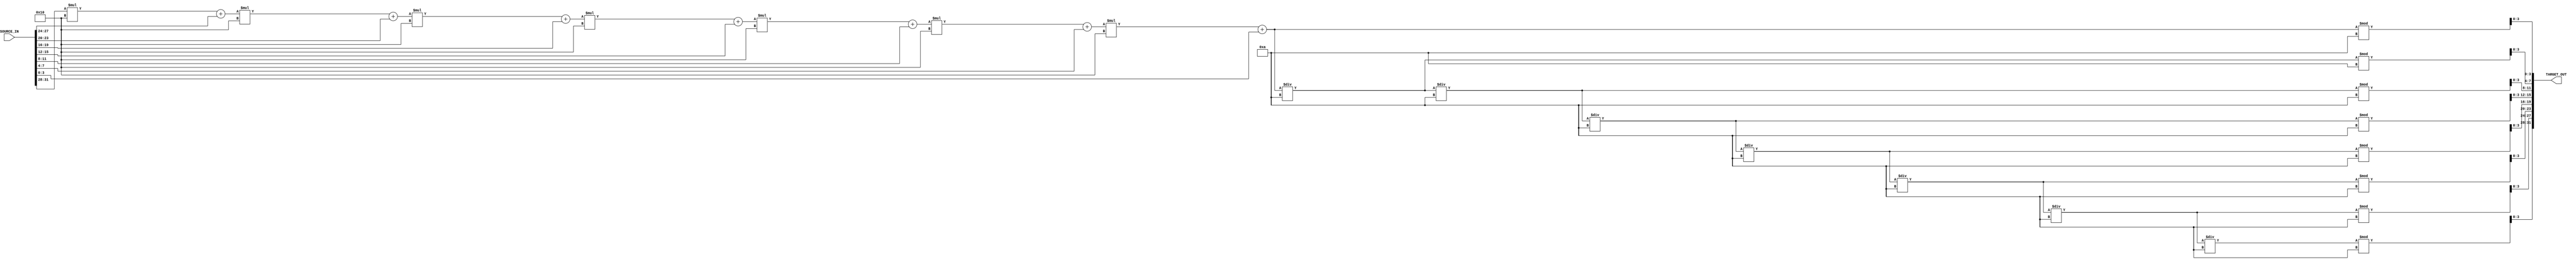
`timescale 1ns / 1ps
//////////////////////////////////////////////////////////////////////////////////
// Company: 
// Engineer: 
// 
// Design Name: 
// Module Name: TRANS16to10
// Project Name: 
// Target Devices: 
// Tool Versions: 
// Description: 
// 
// Dependencies: 
// 
// Revision:
// Revision 0.01 - File Created
// Additional Comments:
// 
//////////////////////////////////////////////////////////////////////////////////


module TRANS16to10(
    input [31:0] SOURCE_IN,
    output reg [31:0] TARGET_OUT
    );
	// reg [4:0]i;
	// reg [2:0]power_16[29:0];
	// initial begin
	// 	i <= 0;
	// 	power_16[0] = 30'h1;
	// 	power_16[1] = 30'h10;
	// 	power_16[2] = 30'h100;
	// 	power_16[3] = 30'h1000;
	// 	power_16[4] = 30'h10000;
	// 	power_16[5] = 30'h100000;
	// 	power_16[6] = 30'h1000000;
	// 	power_16[7] = 30'h10000000;
	// end

	// always @(SOURCE_IN) begin
	// 	for (i = 0; i < 8; i++)begin
	// 		case SOURCE_IN[4*i+3, 4*i]:

	// 	end
	// end
	
	integer sum;
	initial begin
		TARGET_OUT <= 0;
		sum <= 0;
	end

	always @(SOURCE_IN) begin
		sum = SOURCE_IN[31:28];
		sum = sum * 16 + SOURCE_IN[27:24];
		sum = sum * 16 + SOURCE_IN[23:20];
		sum = sum * 16 + SOURCE_IN[19:16];
		sum = sum * 16 + SOURCE_IN[15:12];
		sum = sum * 16 + SOURCE_IN[11:8];
		sum = sum * 16 + SOURCE_IN[7:4];
		sum = sum * 16 + SOURCE_IN[3:0];
		
		TARGET_OUT[3:0] = sum % 10;
		sum = sum / 10;
		TARGET_OUT[7:4] = sum % 10;
        sum = sum / 10;
        TARGET_OUT[11:8] = sum % 10;
        sum = sum / 10;
        TARGET_OUT[15:12] = sum % 10;
        sum = sum / 10;
        TARGET_OUT[19:16] = sum % 10;
        sum = sum / 10;
        TARGET_OUT[23:20] = sum % 10;
        sum = sum / 10;
        TARGET_OUT[27:24] = sum % 10;
        sum = sum / 10;
        TARGET_OUT[31:28] = sum % 10;
	end
endmodule